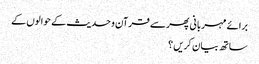
برائے مہربانی پھر سے قرآن و حدیث کے حوالوں کے
ساتھ بیان کریں ؟